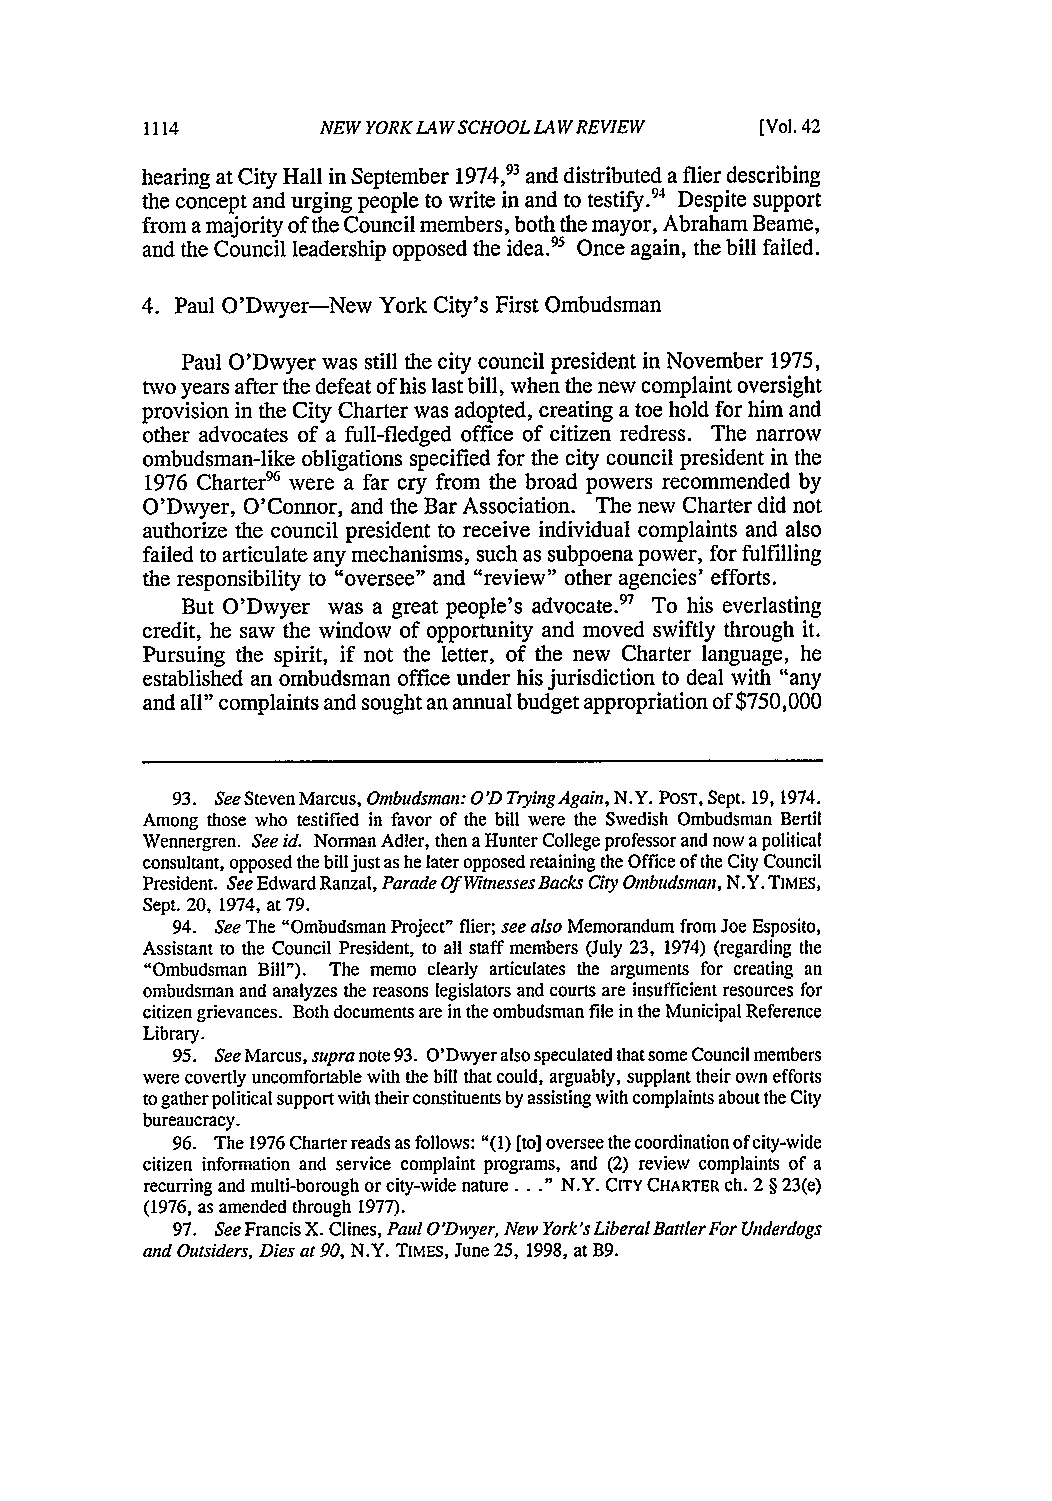
NEW YORK LA W SCHOOL LA W REVIEW [Vol. 42
 hearing at City Hall in September 1974,93 and distributed a flier describing
 the concept and urging people to write in and to testify.94 Despite support
 from a majority of the Council members, both the mayor, Abraham Beame,
 and the Council leadership opposed the idea.95 Once again, the bill failed.
 4. Paul O'Dwyer-New York City's First Ombudsman
 Paul O'Dwyer was still the city council president in November 1975,
 two years after the defeat of his last bill, when the new complaint oversight
 provision in the City Charter was adopted, creating a toe hold for him and
 other advocates of a full-fledged office of citizen redress. The narrow
 ombudsman-like obligations specified for the city council president in the
 1976 Charter96 were a far cry from the broad powers recommended by
 O'Dwyer, O'Connor, and the Bar Association. The new Charter did not
 authorize the council president to receive individual complaints and also
 failed to articulate any mechanisms, such as subpoena power, for fulfilling
 the responsibility to "oversee" and "review" other agencies' efforts.
 But O'Dwyer was a great people's advocate.97 To his everlasting
 credit, he saw the window of opportunity and moved swiftly through it.
 Pursuing the spirit, if not the letter, of the new Charter language, he
 established an ombudsman office under his jurisdiction to deal with "any
 and all" complaints and sought an annual budget appropriation of $750,000
 93. See Steven Marcus, Ombudsman: O'D Trying Again, N.Y. POST, Sept. 19, 1974.
 Among those who testified in favor of the bill were the Swedish Ombudsman Bertil
 Wennergren. See id. Norman Adler, then a Hunter College professor and now a political
 consultant, opposed the bill just as he later opposed retaining the Office of the City Council
 President. See Edward Ranzal, ParadeO f Witnesses Backs City Ombudsman, N.Y. TIMES,
 Sept. 20, 1974, at 79.
 94. See The "Ombudsman Project" flier; see also Memorandum from Joe Esposito,
 Assistant to the Council President, to all staff members (July 23, 1974) (regarding the
 "Ombudsman Bill"). The memo clearly articulates the arguments for creating an
 ombudsman and analyzes the reasons legislators and courts are insufficient resources for
 citizen grievances. Both documents are in the ombudsman file in the Municipal Reference
 Library.
 95. See Marcus, supran ote 93. O'Dwyer also speculated that some Council members
 were covertly uncomfortable with the bill that could, arguably, supplant their own efforts
 to gather political support with their constituents by assisting with complaints about the City
 bureaucracy.
 96. The 1976 Charter reads as follows: "(1) [to] oversee the coordination of city-wide
 citizen information and service complaint programs, and (2) review complaints of a
 recurring and multi-borough or city-wide nature..." N.Y. CITY CHARTER ch. 2 § 23(e)
 (1976, as amended through 1977).
 97. See Francis X. Clines, Paul O'Dwyer, New York's LiberalB attler For Underdogs
 and Outsiders, Dies at 90, N.Y. TIMES, June 25, 1998, at B9.